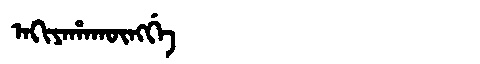
Manchu: ᠠᡴᡳᠶᠠᡥᠠᡴᡡᠩᡤᡝ
Romanization: AKIYAHAKŪNGGE